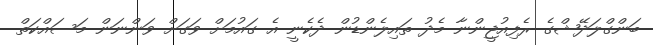
ބަންގްލަދޭޝްގެ ރެފިއުޖީންނާ މެދު ތައިލެންޑުން ދެކެނީ އެ ގައުމަށް ވަގަށް ވަންނަން މަސައްކަތް